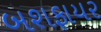
બશફાયર